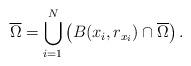
LaTeX: \begin{align*}\overline{\Omega}=\bigcup_{i=1}^{N}\left(B(x_{i},r_{x_{i}})\cap\overline{\Omega}\right).\end{align*}